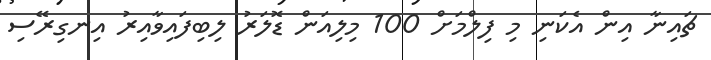
ޗައިނާ އިން އެކަނި މި ފިލްމަށް 100 މިލިއަން ޑޮލަރު ލިބިފައިވާއިރު އިނގިރޭސި